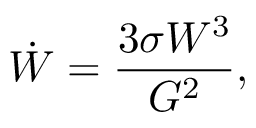
\dot { W } = \frac { 3 \sigma W ^ { 3 } } { G ^ { 2 } } ,